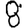
Digit: 8